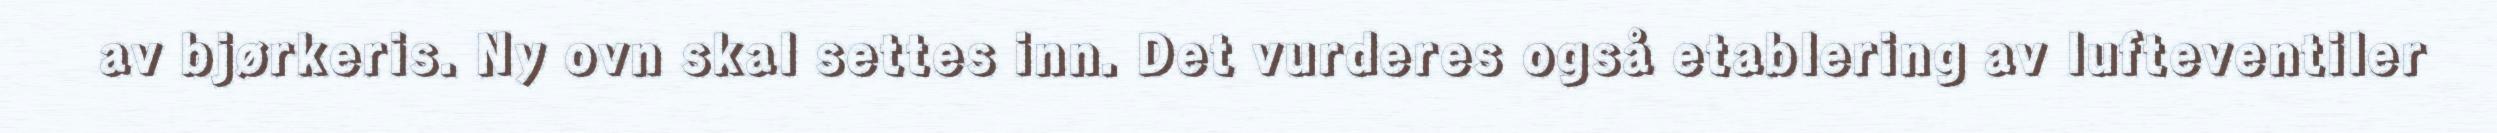
av bjørkeris. Ny ovn skal settes inn. Det vurderes også etablering av lufteventiler